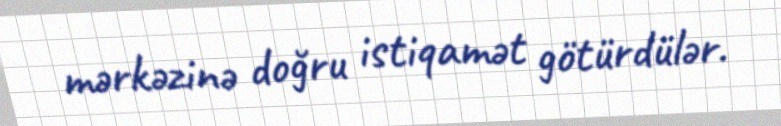
mərkəzinə doğru istiqamət götürdülər.